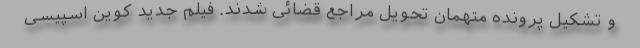
و تشکیل پرونده متهمان تحویل مراجع قضائی شدند. فیلم جدید کوین اسپیسی